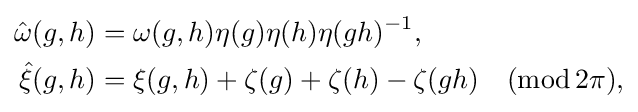
{\begin{aligned}{\hat {\omega }}(g,h)&=\omega (g,h)\eta (g)\eta (h)\eta (gh)^{-1},\\{\hat {\xi }}(g,h)&=\xi (g,h)+\zeta (g)+\zeta (h)-\zeta (gh)\quad (\operatorname {mod} 2\pi ),\end{aligned}}